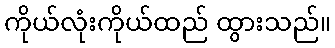
ကိုယ်လုံးကိုယ်ထည် ထွားသည်။